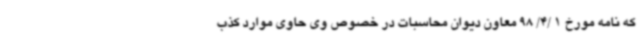
که نامه مورخ 1 /4/ 98 معاون دیوان محاسبات در خصوص وی حاوی موارد کذب